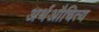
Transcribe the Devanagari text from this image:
अर्थऔचित्य